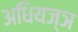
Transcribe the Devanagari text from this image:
अधियज्ञ